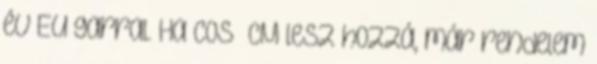
év EU garral. Ha COS CM lesz hozzá, már rendelem